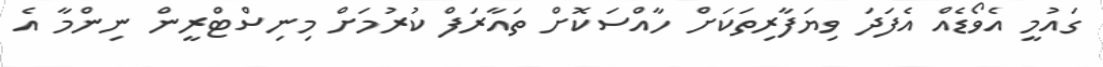
ގައުމީ އެވޯޑެއް އެފަދަ ވިޔަފާރިތަކަށް ހާއްސަކޮށް ތައާރަފް ކުރުމަށް މިނިސްޓްރީން ނިންމާ އެ